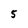
Character: 5